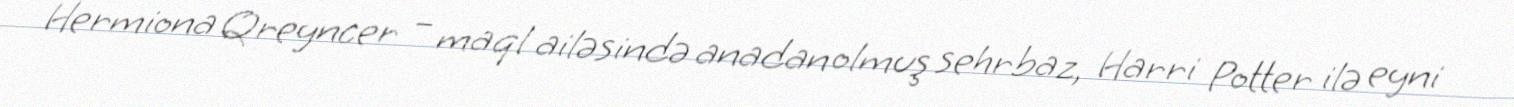
Hermiona Qreyncer – maql ailəsində anadan olmuş sehrbaz, Harri Potter ilə eyni